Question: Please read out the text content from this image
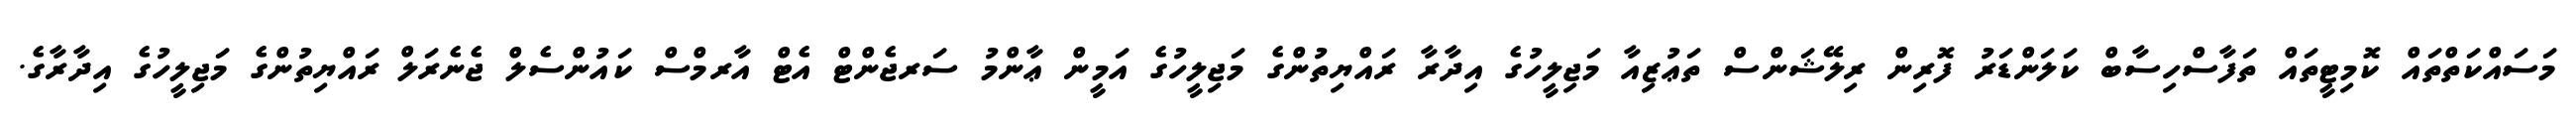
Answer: މަސައްކަތްތައް ކޮމިޓީތައް ތަފާސްހިސާބް ކަލަންޑަރު ފޮރިން ރިލޭޝަންސް ތަޢުޒިއާ މަޖިލީހުގެ އިދާރާ ރައްޔިތުންގެ މަޖިލީހުގެ އަމީން ޢާންމު ސަރޖެންޓް އެޓް އާރމްސް ކައުންސެލް ޖެނެރަލް ރައްޔިތުންގެ މަޖިލީހުގެ އިދާރާގެ.